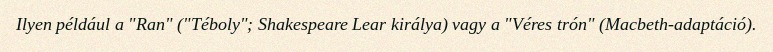
Ilyen például a "Ran" ("Téboly"; Shakespeare Lear királya) vagy a "Véres trón" (Macbeth-adaptáció).